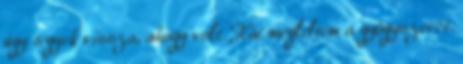
úgy tegyek vissza, ahogy volt. Hát megleltem a gyógyszerét.